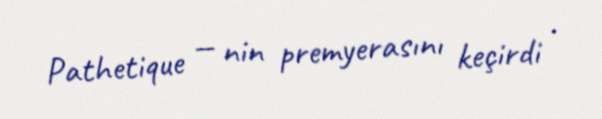
Pathetique — nin premyerasını keçirdi .